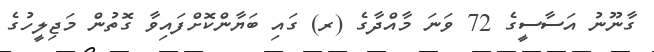
ގާނޫނު އަސާސީގެ 72 ވަނަ މާއްދާގެ (ރ) ގައި ބަޔާންކޮށްފައިވާ ގޮތުން މަޖިލީހުގެ